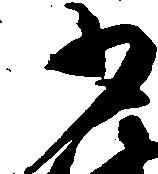
少